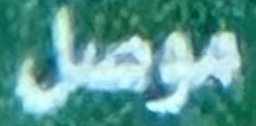
موصل